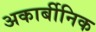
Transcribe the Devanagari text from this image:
अकार्बीनिक